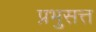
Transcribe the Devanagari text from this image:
प्रभुसत्त